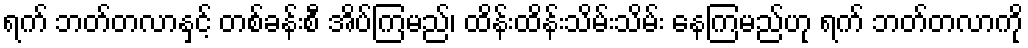
ရက် ဘတ်တလာနှင့် တစ်ခန်းစီ အိပ်ကြမည်၊ ထိန်းထိန်းသိမ်းသိမ်း နေကြမည်ဟု ရက် ဘတ်တလာကို